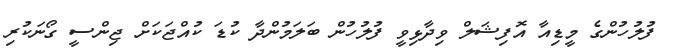
ފުލުހުންގެ މީޑިއާ އޮފިޝަލް ވިދާޅިވީ ފުލުހުން ބަލަމުންދާ ކުޑަ ކުއްޖަކަށް ޖިންސީ ގޯނަކުރި